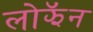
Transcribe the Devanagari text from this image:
लोझॅन